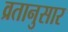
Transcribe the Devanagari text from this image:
व्रतानुसार